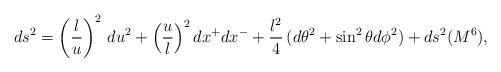
LaTeX: \begin{align*}ds^2= \left(\frac{l}{u}\right)^2\,du^2 + \left(\frac{u}{l}\right)^2 dx^+dx^-+\frac{l^2}{4}\, (d\theta^2 + \sin^2 \theta d\phi^2) + ds^2(M^6),\end{align*}